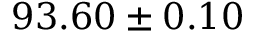
9 3 . 6 0 \pm 0 . 1 0